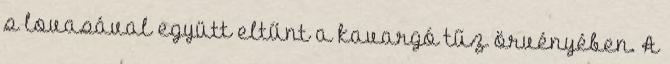
s lovasával együtt eltűnt a kavargó tűz örvényében. A